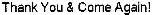
THANK YOU & COME AGAIN!